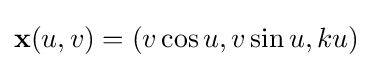
\mathbf {x} (u,v)=(v\cos u,v\sin u,ku)